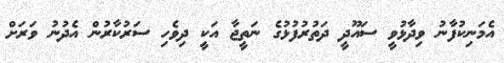
އެމަނިކުފާނު ވިދާޅުވީ ސައޫދީ ދަތުރުފުޅުގެ ނަތީޖާ އަކީ ދިވެހި ސަރުކާރުން އެދުނު ވަރަށް